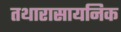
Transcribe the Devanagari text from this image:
तथारासायनिक